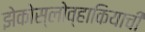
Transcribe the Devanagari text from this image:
झेकोस्लोव्हाकियाची